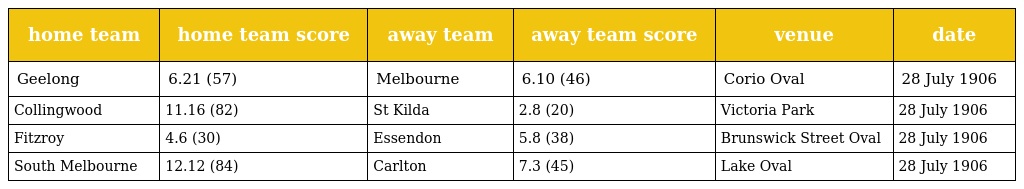
| home team | home team score | away team | away team score | venue | date |
 | --- | --- | --- | --- | --- | --- |
 | Geelong | 6.21 (57) | Melbourne | 6.10 (46) | Corio Oval | 28 July 1906 |
 | Collingwood | 11.16 (82) | St Kilda | 2.8 (20) | Victoria Park | 28 July 1906 |
 | Fitzroy | 4.6 (30) | Essendon | 5.8 (38) | Brunswick Street Oval | 28 July 1906 |
 | South Melbourne | 12.12 (84) | Carlton | 7.3 (45) | Lake Oval | 28 July 1906 |